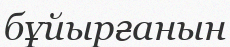
бұйырғанын